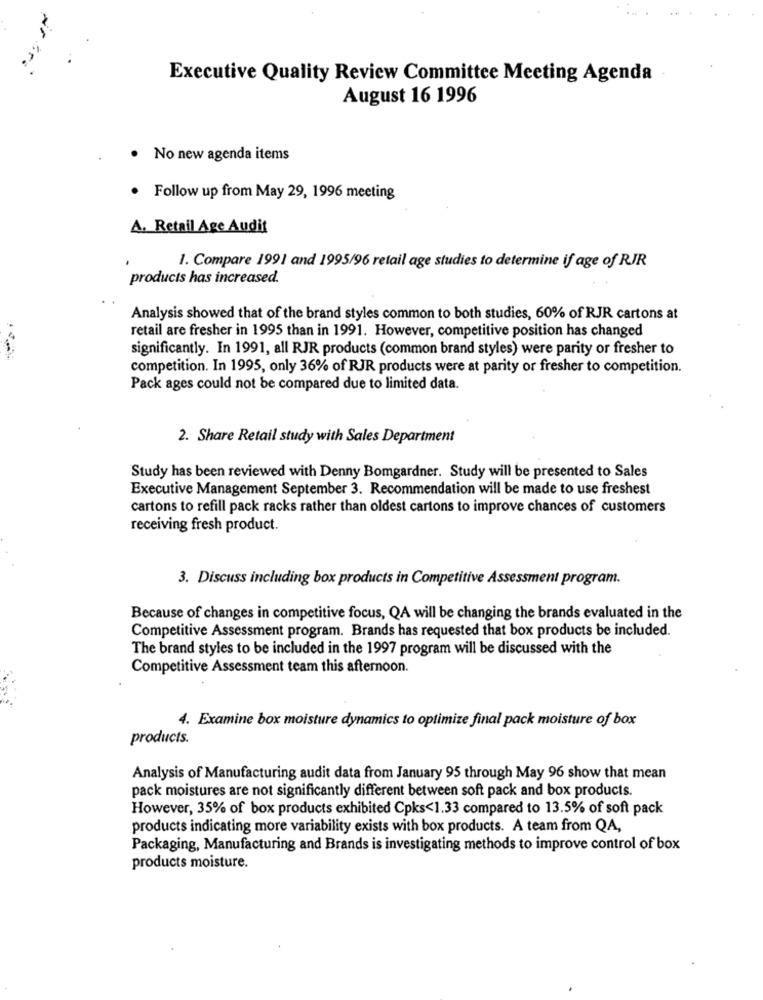
Gr.
Executive Quality Review Committee Meeting Agenda
August 16 1996
·
No new agenda items
· Follow up from May 29, 1996 meeting
A. Retail Age Audit
1. Compare 1991 and 1995/96 retail age studies to determine if age of RJR
products has increased.
Analysis showed that of the brand styles common to both studies, 60% of RJR cartons at
retail are fresher in 1995 than in 1991. However, competitive position has changed
significantly. In 1991, all RJR products (common brand styles) were parity or fresher to
competition. In 1995, only 36% of RJR products were at parity or fresher to competition.
Pack ages could not be compared due to limited data.
2. Share Retail study with Sales Department
Study has been reviewed with Denny Bomgardner. Study will be presented to Sales
Executive Management September 3. Recommendation will be made to use freshest
cartons to refill pack racks rather than oldest cartons to improve chances of customers
receiving fresh product.
3. Discuss including box products in Competitive Assessment program.
Because of changes in competitive focus, QA will be changing the brands evaluated in the
Competitive Assessment program. Brands has requested that box products be included.
The brand styles to be included in the 1997 program will be discussed with the
Competitive Assessment team this afternoon.
4. Examine box moisture dynamics to optimize final pack moisture of box
products.
Analysis of Manufacturing audit data from January 95 through May 96 show that mean
pack moistures are not significantly different between soft pack and box products.
However, 35% of box products exhibited Cpks<1.33 compared to 13.5% of soft pack
products indicating more variability exists with box products. A team from QA,
Packaging, Manufacturing and Brands is investigating methods to improve control of box
products moisture.